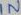
Text: IN